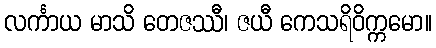
လင်္ကာယ မာသိ တေဇဿီ၊ ဇယီ ကေသရိဝိက္ကမော။